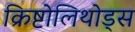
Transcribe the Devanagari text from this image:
क्रिष्टोलिथोड्स